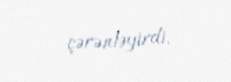
çərənləyirdi.